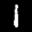
Label: 1